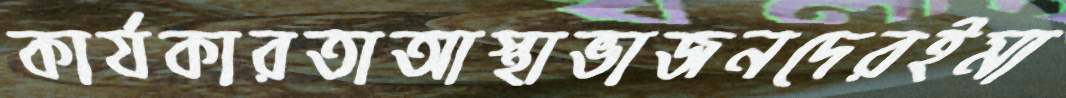
কার্যকারতাআস্থাভাজনদেরইমা